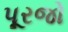
પૂરજો